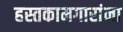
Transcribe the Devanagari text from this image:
हस्तकामगारांना